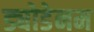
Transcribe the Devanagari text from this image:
ड्योडेनम